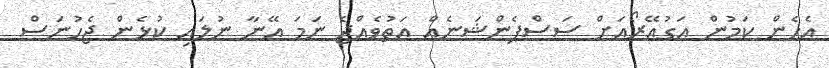
އެހެން ކަމުން އަގުއޭރޯއަށް ސަސްޕެންޝަނެއް އަތުވެއްޖެ ނަމަ އޭނާ ނުލައި ކުޅެން ޖެހުނަސް